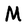
Character: M